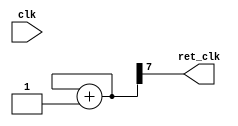
module retarded_clock(input wire clk, output reg ret_clk);

reg [7:0] cont;
initial
begin
	cont <= 4'b00000000;
end

always @(clk)
begin
	cont = cont + 4'b00000001;
	ret_clk <= cont[7];
end

endmodule